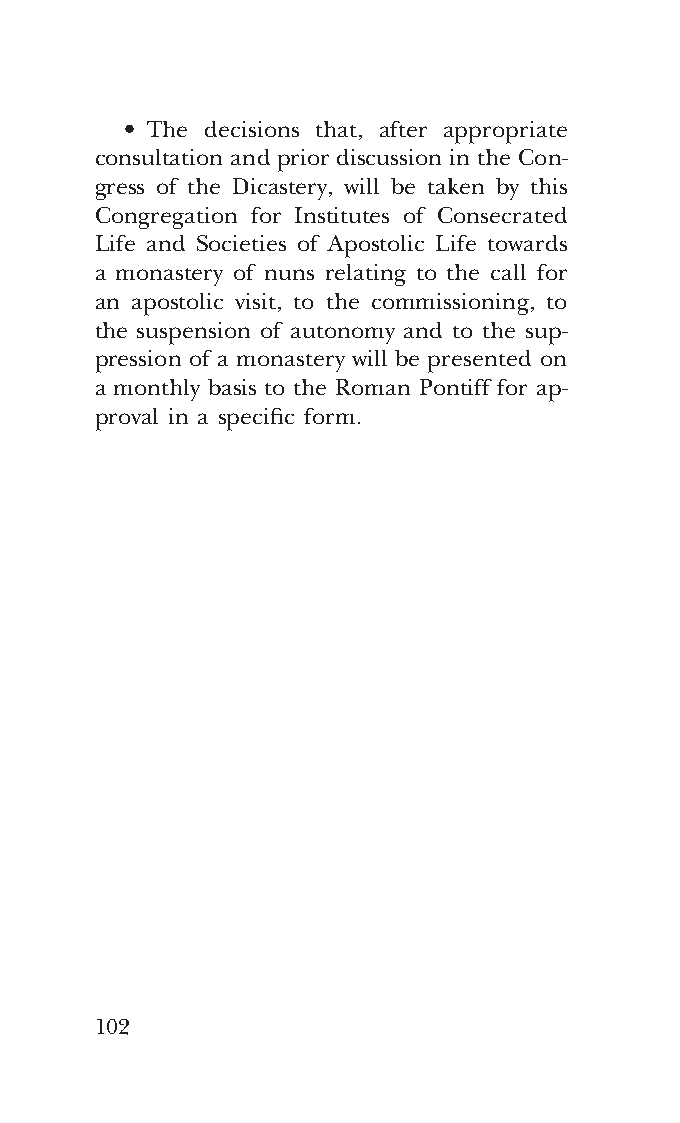
COR ORANS – NUOVO FORMATO – INGLESE 2ª BOZZA – 24 maggio 2018 – 11:12
 • The decisions that, after appropriate
 consultation and prior discussion in the Con-
 gress of the Dicastery, will be taken by this
 Congregation for Institutes of Consecrated
 Life and Societies of Apostolic Life towards
 a monastery of nuns relating to the call for
 an apostolic visit, to the commissioning, to
 the suspension of autonomy and to the sup-
 pression of a monastery will be presented on
 a monthly basis to the Roman Pontiff for ap-
 proval in a specific form.
 102